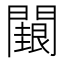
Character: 𮤢